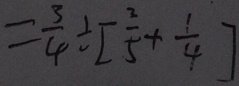
= \frac { 3 } { 4 } \div [ \frac { 2 } { 5 } + \frac { 1 } { 4 } ]